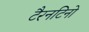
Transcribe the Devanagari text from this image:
टैरनटिनो